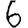
Digit: 6